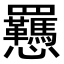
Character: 𫻥